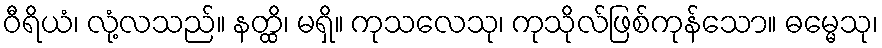
ဝီရိယံ၊ လုံ့လသည်။ နတ္ထိ၊ မရှိ။ ကုသလေသု၊ ကုသိုလ်ဖြစ်ကုန်သော။ ဓမ္မေသု၊